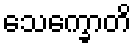
သေက္ခောတိ